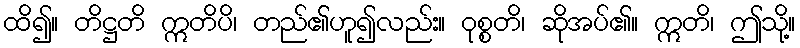
ထိ၍။ တိဋ္ဌတိ ဣတိပိ၊ တည်၏ဟူ၍လည်း။ ဝုစ္စတိ၊ ဆိုအပ်၏။ ဣတိ၊ ဤသို့။